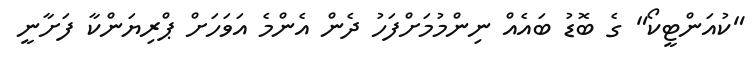
"ކުއަންޓީކޯ" ގެ ބޮޑު ބައެއް ނިންމުމަށްފަހު ދެން އެންމެ އަވަހަށް ޕްރިޔަންކާ ފަށާނީ